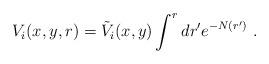
LaTeX: \begin{align*}V_i(x,y,r) = \tilde V_i(x,y)\int^rdr' e^{-N(r')}~.\end{align*}